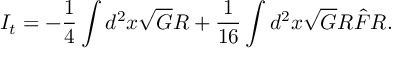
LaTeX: I _ { t } = - \frac { 1 } { 4 } \int d ^ { 2 } x \sqrt { G } R + \frac { 1 } { 1 6 } \int d ^ { 2 } x \sqrt { G } R \hat { F } R .